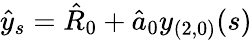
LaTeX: \hat{y}_{s}=\hat{R}_{0}+\hat{a}_{0}y_{(2,0)}(s)